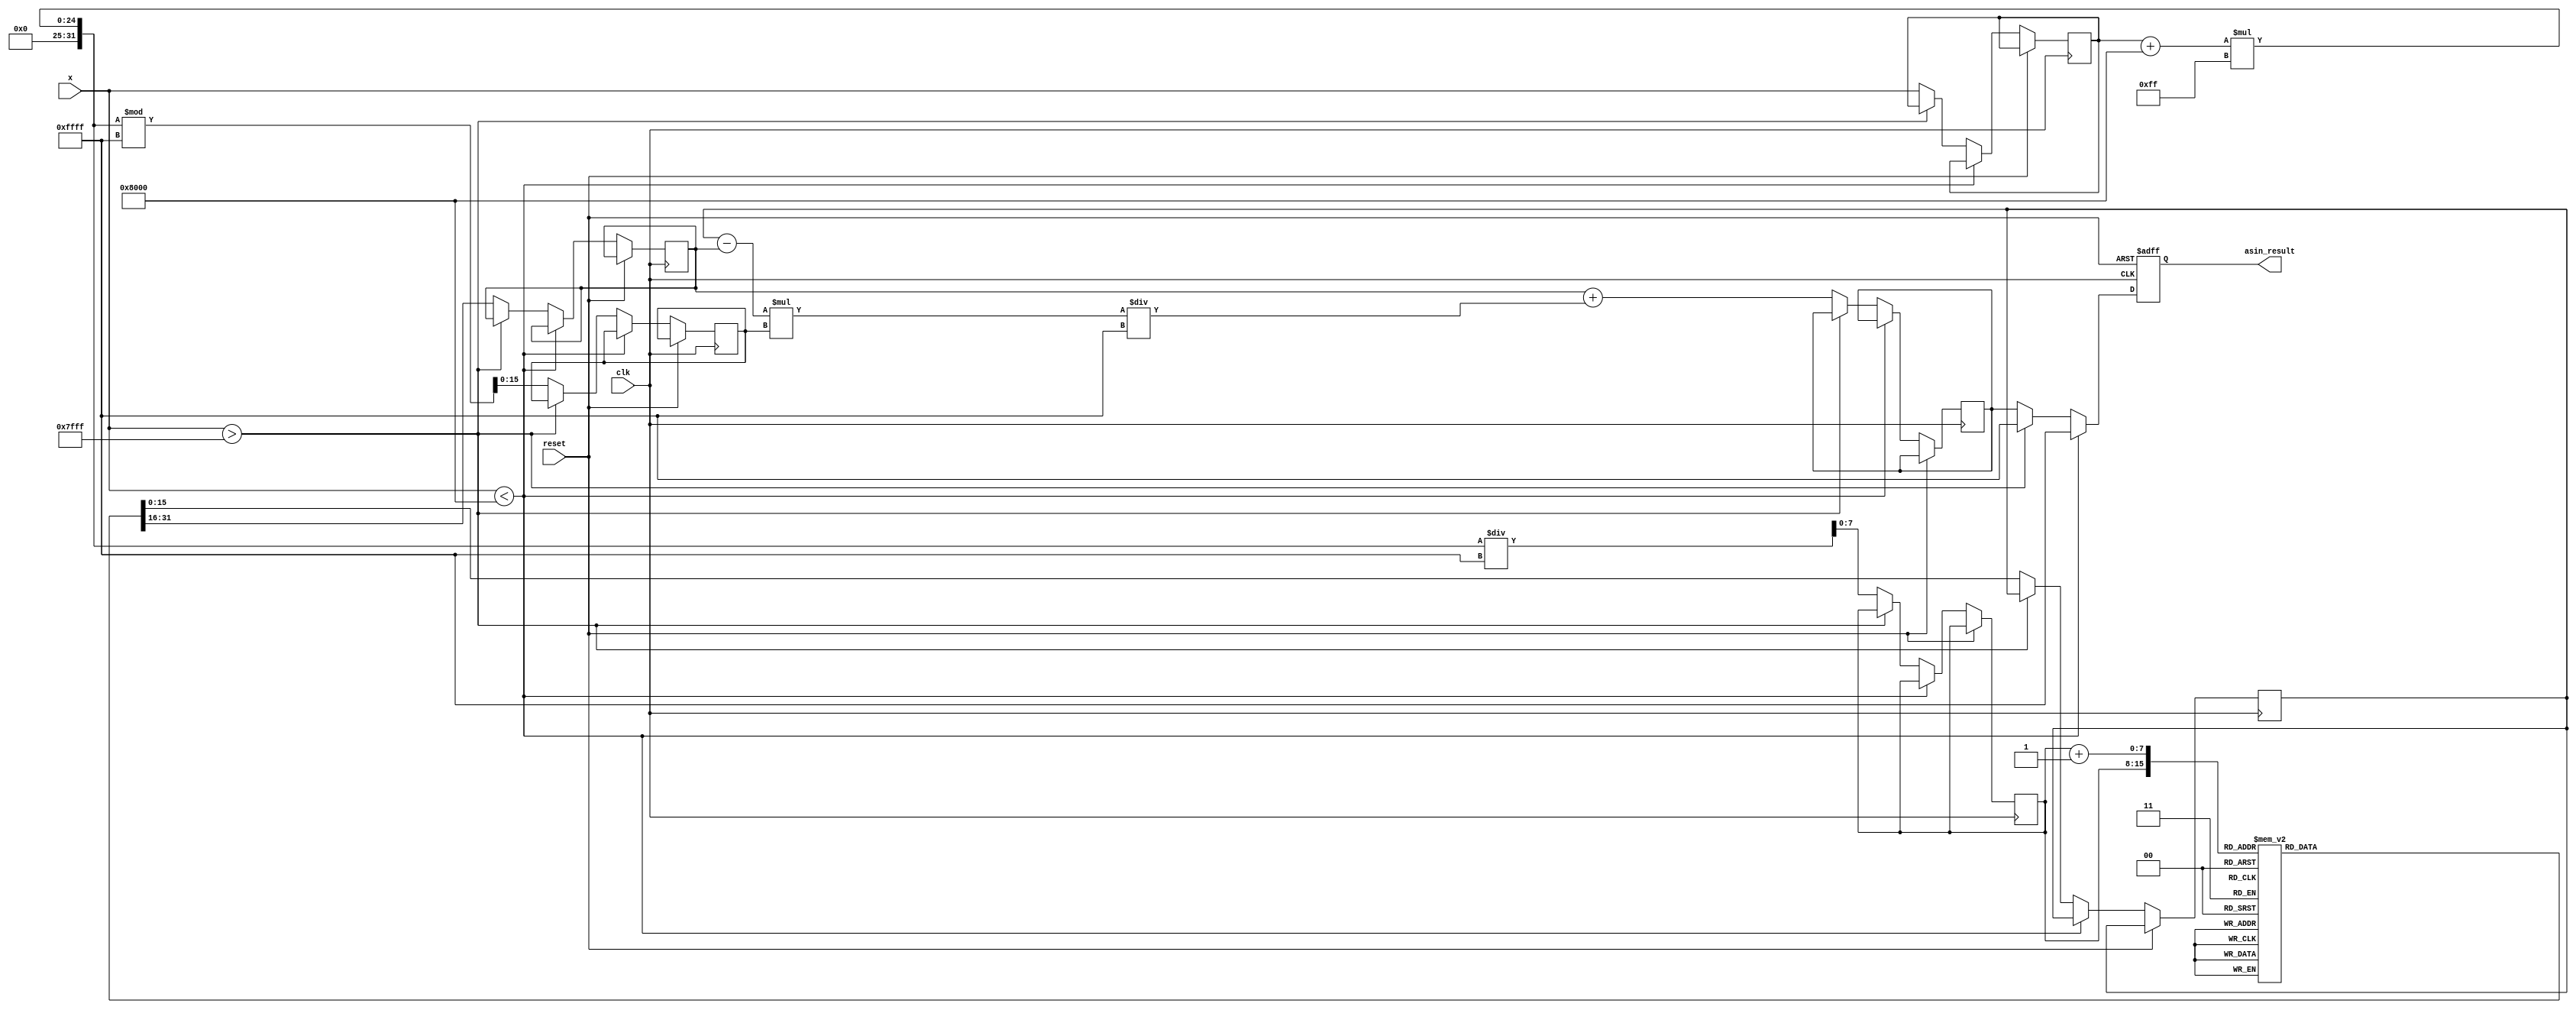
module asin_block #(
    parameter N = 16,          // Bit-width of input
    parameter M = 16,          // Bit-width of output
    parameter LUT_SIZE = 256   // Number of entries in the LUT
)(
    input wire clk,
    input wire reset,
    input wire [N-1:0] x,     // Input value in fixed-point representation
    output reg [M-1:0] asin_result // Output value in fixed-point representation
);

    // LUT for precomputed asin values (fixed-point representation)
    reg [M-1:0] lut [0:LUT_SIZE-1]; // LUT array
    initial begin
        // Initialize the LUT with precomputed asin values
        // Note: This should be filled with actual precomputed values.
        // For example, lut[0] = 0, lut[1] = 0.0123, ..., lut[255] = 1.5708 (/2)
        // This is a placeholder for LUT initialization.
    end

    // Internal signals
    reg [N-1:0] x_clipped; // Clipped input value
    reg [7:0] index;       // LUT index
    reg [M-1:0] lut_a;     // LUT value for lower bound
    reg [M-1:0] lut_b;     // LUT value for upper bound
    reg [N-1:0] x_frac;    // Fractional part for interpolation
    reg [M-1:0] interp_result; // Interpolated result

    // Range checking and LUT indexing
    always @(posedge clk or posedge reset) begin
        if (reset) begin
            asin_result <= 0; // Reset output
        end else begin
            // Check if x is within range [-1, 1]
            if (x < -16'h8000) begin // -1 in fixed-point
                asin_result <= 16'hFFFF; // Error state (NaN)
            end else if (x > 16'h7FFF) begin // 1 in fixed-point
                asin_result <= 16'hFFFF; // Error state (NaN)
            end else begin
                // Clip input to range
                x_clipped <= x;

                // Scale input to LUT index
                index <= (x_clipped + 16'h8000) * (LUT_SIZE - 1) / 16'hFFFF; // Scale to [0, LUT_SIZE-1]

                // Get LUT values
                lut_a <= lut[index]; // LUT value for lower bound
                lut_b <= lut[index + 1]; // LUT value for upper bound

                // Calculate fractional part for interpolation
                x_frac <= (x_clipped + 16'h8000) * (LUT_SIZE - 1) % 16'hFFFF; // Fractional part

                // Linear interpolation
                interp_result <= lut_a + ((lut_b - lut_a) * x_frac) / 16'hFFFF;

                // Assign result
                asin_result <= interp_result;
            end
        end
    end

endmodule